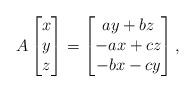
LaTeX: \begin{align*}A\begin{bmatrix}x\\y\\z \end{bmatrix}=\begin{bmatrix}ay+bz\\-ax+cz\\-bx-cy\end{bmatrix},\end{align*}